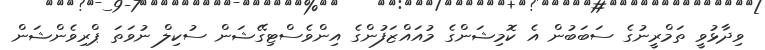
ވިދާޅުވީ ތަމްރީނުގެ ސަބަބުން އެ ކޮމިޝަންގެ މުއައްޒަފުންގެ އިންވެސްޓިގޭޝަން ސުކިލް ނުވަތަ ޕްރިވެންޝަން